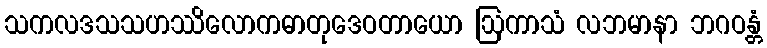
သကလဒသသဟဿိလောကဓာတုဒေဝတာယော ဩကာသံ လဘမာနာ ဘဂဝန္တံ